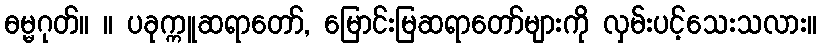
ဓမ္မဂုတ်။ ။ ပခုက္ကူဆရာတော်, မြောင်းမြဆရာတော်များကို လှမ်းပင့်သေးသလား။